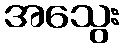
အသွေး